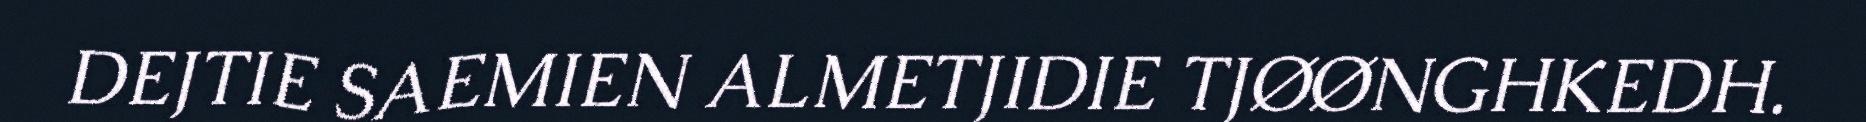
DEJTIE SAEMIEN ALMETJIDIE TJØØNGHKEDH.